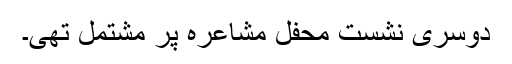
دوسری نشست محفلِ مشاعرہ پر مشتمل تھی۔